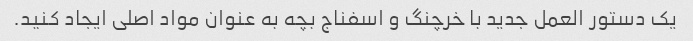
یک دستور العمل جدید با خرچنگ و اسفناج بچه به عنوان مواد اصلی ایجاد کنید.